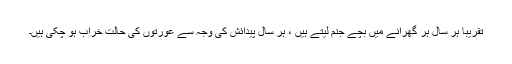
تقریباً ہر سال ہر گھرانے میں بچے جنم لیتے ہیں ، ہر سال پیدائش کی وجہ سے عورتوں کی حالت خراب ہو چکی ہیں۔